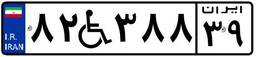
۵۵W۲۰۵۴۵